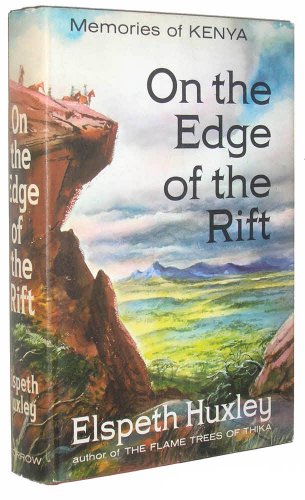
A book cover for On the Edge of the Rift: Memories of Kenya; Elspeth Huxley; Travel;